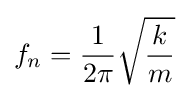
f_{n}={1 \over 2\pi }{\sqrt {k \over m}}